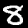
Digit: 8